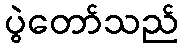
ပွဲတော်သည်